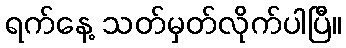
ရက်နေ့ သတ်မှတ်လိုက်ပါပြီ။